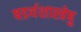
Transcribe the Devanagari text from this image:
षडर्थशास्त्रेषु